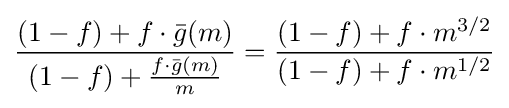
{\frac {(1-f)+f\cdot {\bar {g}}(m)}{(1-f)+{\frac {f\cdot {\bar {g}}(m)}{m}}}}={\frac {(1-f)+f\cdot m^{3/2}}{(1-f)+f\cdot m^{1/2}}}